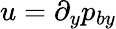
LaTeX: u=\partial_{y}p_{by}